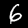
Digit: 6